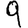
Digit: 9